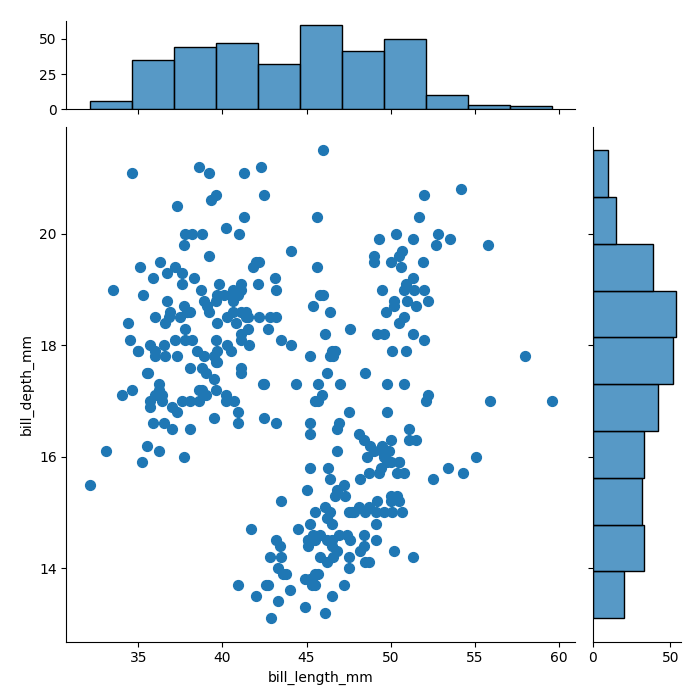
python, seaborn, jointplot, kind='scatter', height='7', ratio='5', marginal_ticks='True'